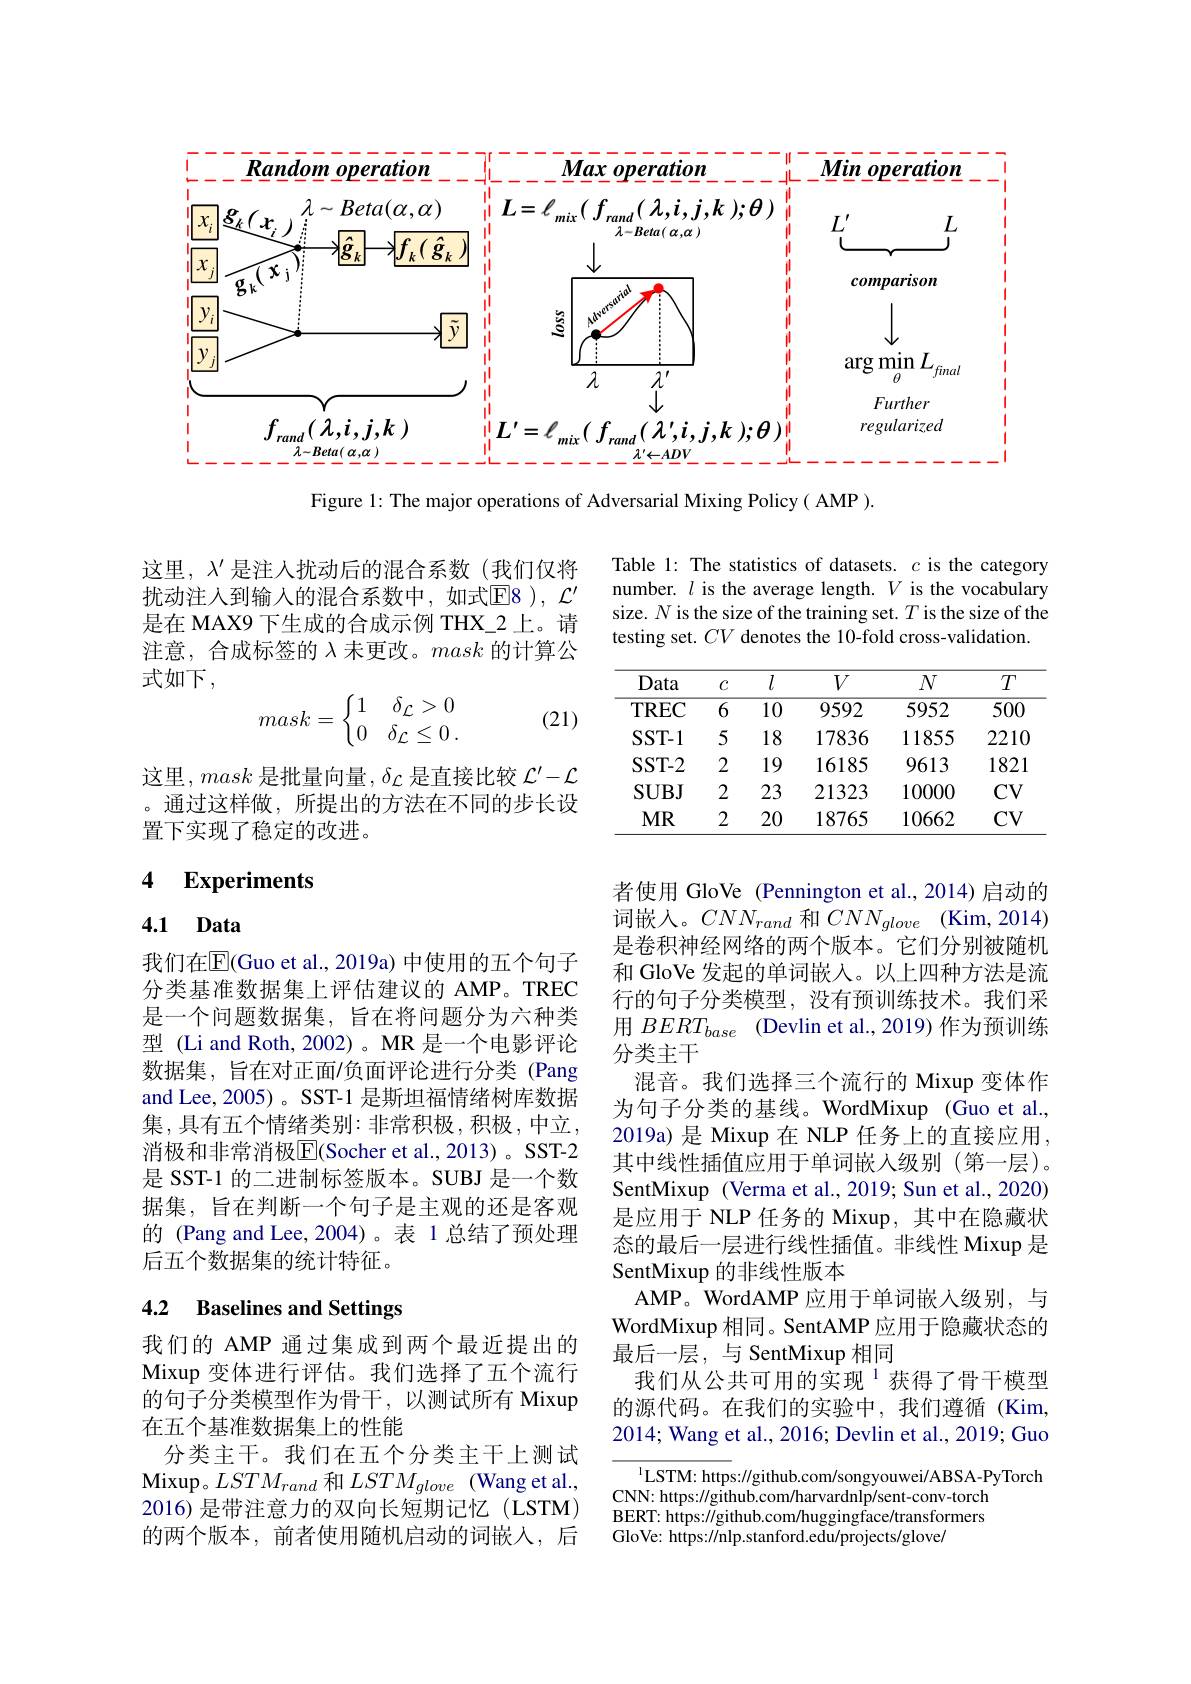
<FigureHere>

Figure 1: The major operations of Adversarial Mixing Policy( AMP ).

Table 1: The statistics of datasets. $c$ is the category number. $l$ is the average length. $V$ is the vocabulary size. $N$ is the size of the training set. $T$ is the size of the testing set. $CV$ denotes the 10-fold cross-validation.

这里，$\lambda^{\prime}$是注人扰动后的混合系数(我们仅将扰动注入到输入的混合系数中，如式$\boxed{\mathrm{E8}}$),$\mathcal{L}^\prime$ 是在 MAX9 下生成的合成示例 THX\_2 上。请注意，合成标签的$\lambda$未更改。mask的计算公式如下，
$$mask=\left\{\begin{matrix}1&\delta_{\mathcal{L}}>0\\0&\delta_{\mathcal{L}}\leq0\:.\end{matrix}\right.$$
(21)

<table>
	<tbody>
		<tr>
			<th>Data</th>
			<th>$C$</th>
			<th>$l$</th>
			<th>$V$</th>
			<th>$N$</th>
			<th>$T$</th>
		</tr>
		<tr>
			<td>TREC</td>
			<td>6</td>
			<td>10</td>
			<td>9592</td>
			<td>5952</td>
			<td>500</td>
		</tr>
		<tr>
			<td>SST- 1</td>
			<td>5</td>
			<td>18</td>
			<td>17836</td>
			<td>11855</td>
			<td>$221C$</td>
		</tr>
		<tr>
			<td>SST- 2</td>
			<td>2</td>
			<td>19</td>
			<td>16185</td>
			<td>9613</td>
			<td>1821</td>
		</tr>
		<tr>
			<td>$SUBJ$</td>
			<td>2</td>
			<td>23</td>
			<td>21323</td>
			<td>10000</td>
			<td>$CV$</td>
		</tr>
		<tr>
			<td>$MR$</td>
			<td>2</td>
			<td>20</td>
			<td>18765</td>
			<td>10662</td>
			<td>$\mathbf{CV}$</td>
		</tr>
	</tbody>
</table>

这里，mask是批量向量，$\delta_\mathcal{L}$是直接比较$\mathcal{L}^\prime-\mathcal{L}$ 。通过这样做，所提出的方法在不同的步长设置下实现了稳定的改进。

### 4 Experiments

## 4.1 Data

我们在$\overline{\mathrm{E}}($Guo et al., 2019a) 中使用的五个句子分类基准数据集上评估建议的 AMP。TREC 是一个问题数据集，旨在将问题分为六种类型 (Li and Roth, 2002)。MR 是一个电影评论数据集，旨在对正面/负面评论进行分类 (Pang and Lee, 2005) 。SST-1 是斯坦福情绪树库数据集，具有五个情绪类别：非常积极，积极，中立， 消极和非常消极$\overline{\mathrm{E}}($Socher et al., 2013) 。SST-2是 SST-1 的二进制标签版本。SUBJ 是一个数据集，旨在判断一个句子是主观的还是客观的 (Pang and Lee,2004)。表 1 总结了预处理后五个数据集的统计特征。

者使用 GloVe (Pennington et al.,2014)启动的词嵌人。$CNN_rand$和$CNN_glove$ (Kim,2014) 是卷积神经网络的两个版本。它们分别被随机和 GloVe 发起的单词嵌入。以上四种方法是流行的句子分类模型，没有预训练技术。我们采用$BERT_{base}$ (Devlin et al.,2019) 作为预训练分类主干
混音。我们选择三个流行的 Mixup 变体作为句子分类的基线。WordMixup (Guo et al., 2019a) 是 Mixup 在 NLP 任务上的直接应用其中线性插值应用于单词嵌人级别(第一层)。SentMixup (Verma et al.,2019; Sun et al.,2020) 是应用于 NLP 任务的 Mixup, 其中在隐藏状态的最后一层进行线性插值。非线性 Mixup 是SentMixup 的非线性版本
AMP。WordAMP 应用于单词嵌人级别，与WordMixup 相同。SentAMP 应用于隐藏状态的最后一层，与 SentMixup 相同
我们从公共可用的实现$^{1}$获得了骨干模型的源代码。在我们的实验中，我们遵循(Kim, 2014; Wang et al., 2016; Devlin et al., 2019; Guo

## 4.2 Baselines and Settings

我们的 AMP 通过集成到两个最近提出的Mixup 变体进行评估。我们选择了五个流行的句子分类模型作为骨干，以测试所有 Mixup 在五个基准数据集上的性能
分类主干。我们在五个分类主干上测试${\mathrm{Mixup。}LSTM_{rand}}$和$LSTM_{glove}$ $( {\mathrm{Wang~et~al. , }}$ 2016)是带注意力的双向长短期记忆(LSTM) 的两个版本，前者使用随机启动的词嵌人，后

$^{1}$LSTM: https://github.com/songyouwei/ABSA-PyTorch
CNN: https://github.com/harvardnlp/sent-conv-torch BERT: https://github.com/huggingface/transformers GloVe: https://nlp.stanford.edu/projects/glove/